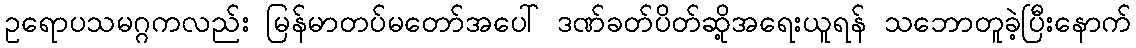
ဥရောပသမဂ္ဂကလည်း မြန်မာတပ်မတော်အပေါ် ဒဏ်ခတ်ပိတ်ဆို့အရေးယူရန် သဘောတူခဲ့ပြီးနောက်